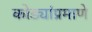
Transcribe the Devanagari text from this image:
कोड्यांप्रमाणे